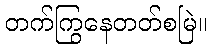
တက်ကြွနေတတ်စမြဲ။